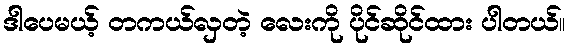
ဒါပေမယ့် တကယ်လှတဲ့ လေးကို ပိုင်ဆိုင်ထား ပါတယ်။